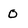
Character: O